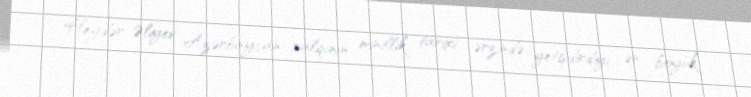
Heydər Əliyev Azərbaycan xalqının minillik tarixi ərzində yetişdirdiyi ən böyük